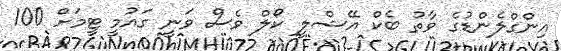
އިންގްލެންޑުގެ ވާތު ބެކް އޭޝްލީ ކޯލް ވެސް ވަނީ ގައުމީ ޓީމަށް 100